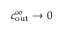
c _ { \mathrm { o u t } } ^ { \infty } \to 0